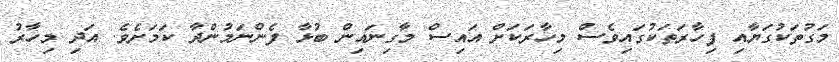
މަގުތަކުގަޔާއި ފިހާރަތަކުގައިވެސް މިހާރަކަށް އައިސް މާގިނައިން ބުޅާ ފެންނަމުންދާ ކަމަށެވެ. އަދި މިހާރު